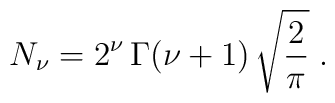
N_{\nu}= 2^{\nu}\,  \Gamma (\nu +1) \, \sqrt{\frac{2}{\pi}}\;  .